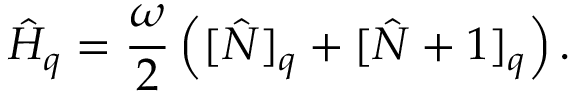
\hat { H } _ { q } = \frac { \omega } { 2 } \left( [ \hat { N } ] _ { q } + [ \hat { N } + 1 ] _ { q } \right) .